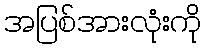
အပြစ်အားလုံးကို